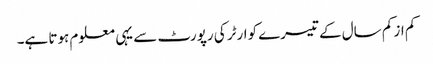
کم از کم سال کے تیسرے کوارٹر کی رپورٹ سے یہی معلوم ہوتا ہے۔